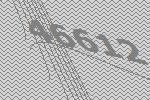
46612